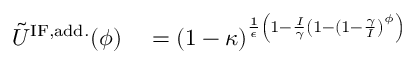
\begin{array} { r l } { \tilde { U } ^ { \mathrm { I F , a d d . } } ( \phi ) } & { { } = ( 1 - \kappa ) ^ { \frac { 1 } { \epsilon } \left( 1 - \frac { I } { \gamma } \left( 1 - ( 1 - \frac { \gamma } { I } \right) ^ { \phi } \right) } } \end{array}